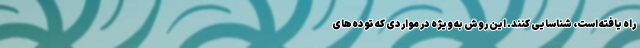
راه یافته است، شناسایی کنند. این روش به ویژه در مواردی که توده‌های